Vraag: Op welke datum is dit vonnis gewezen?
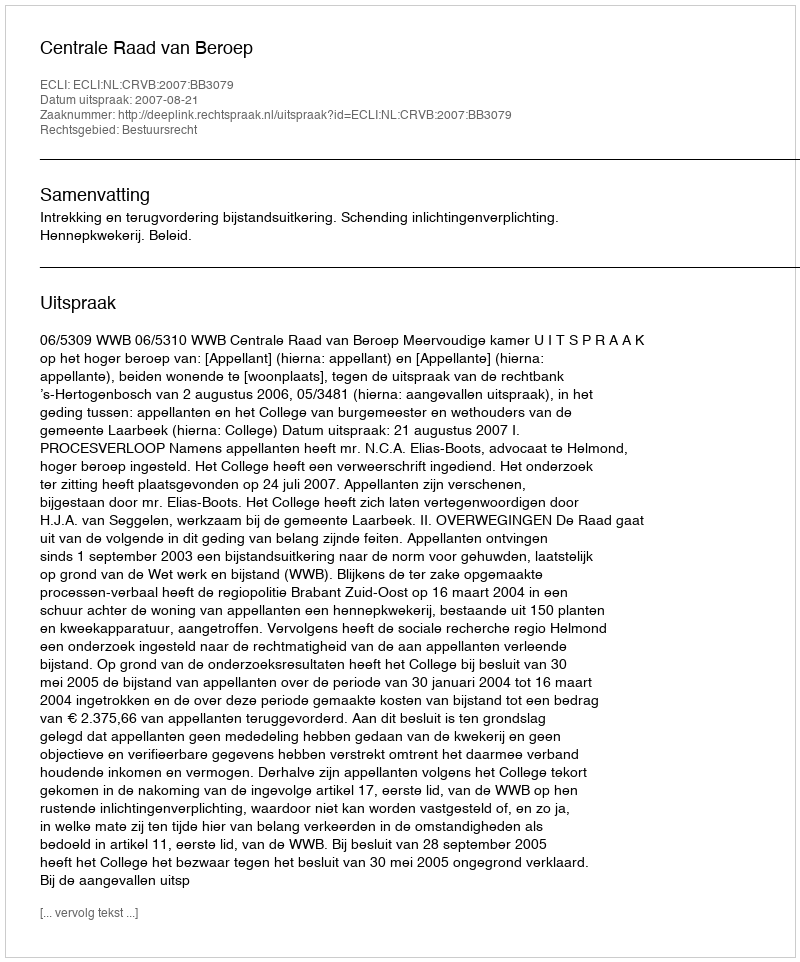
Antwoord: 2007-08-21